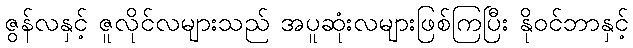
ဇွန်လနှင့် ဇူလိုင်လများသည် အပူဆုံးလများဖြစ်ကြပြီး နိုဝင်ဘာနှင့်